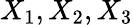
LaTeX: X_{1},X_{2},X_{3}